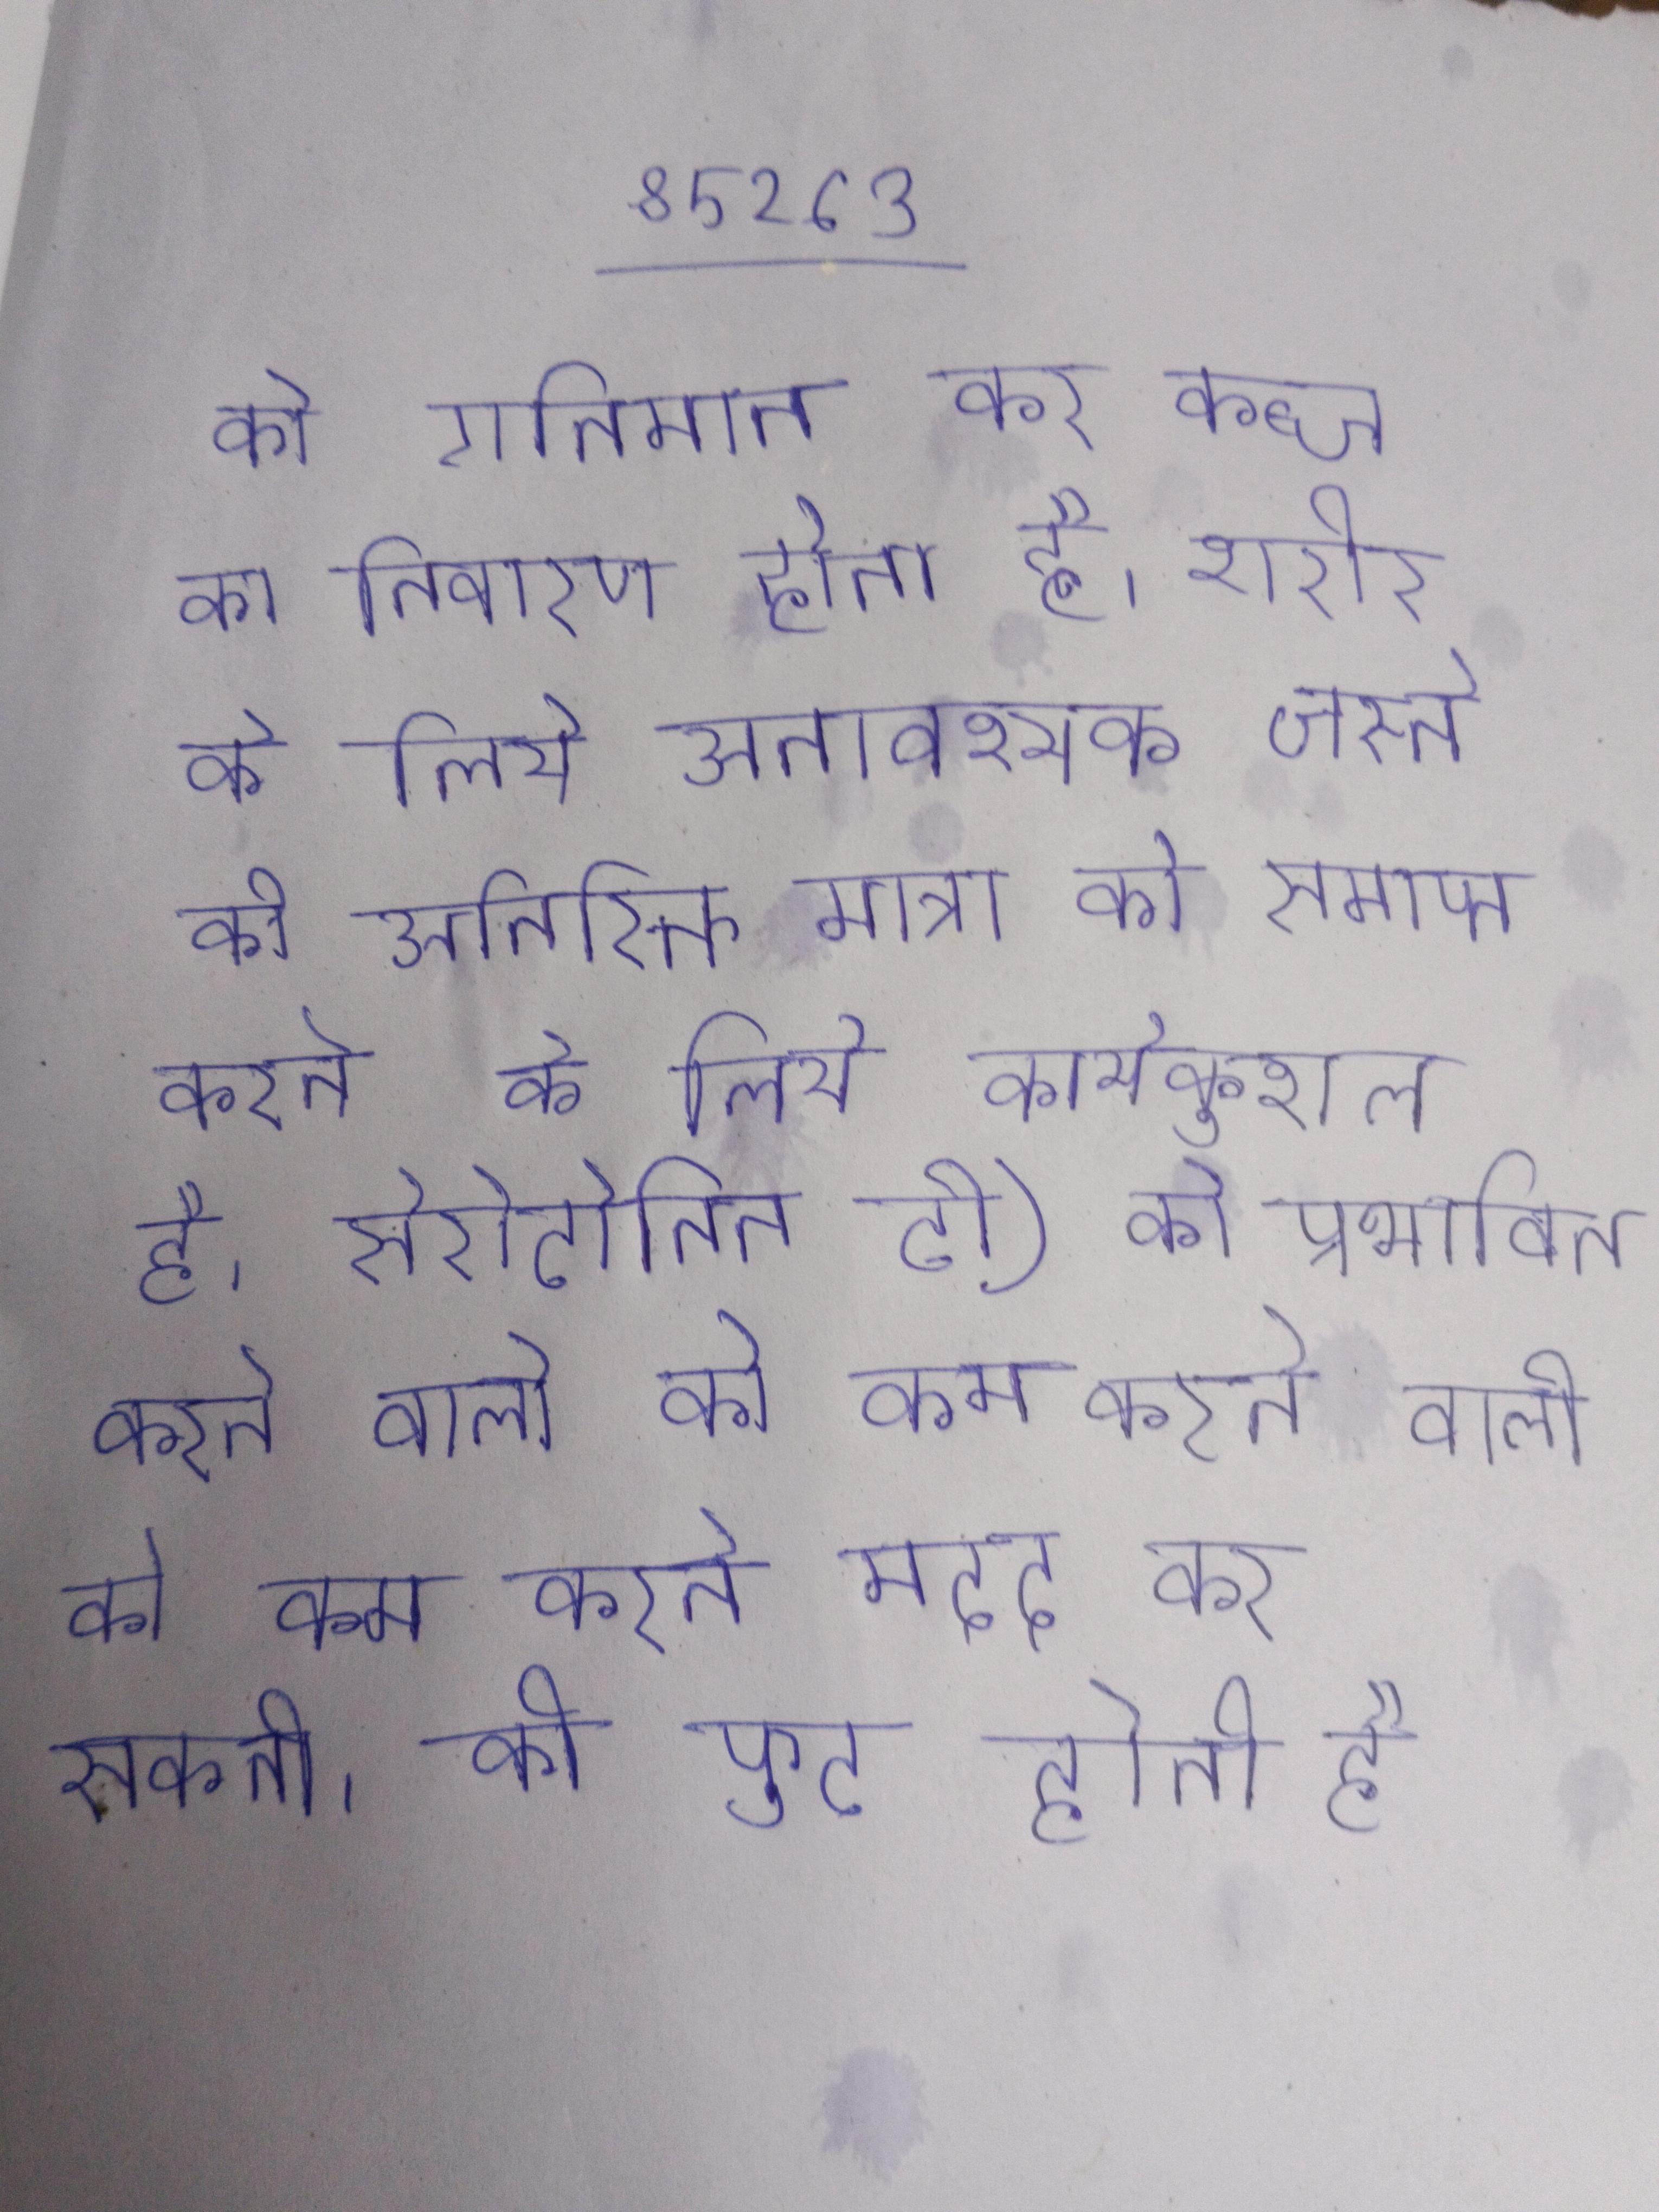
को गतिमान कर कब्ज का निवारण होता है । शरीर के लिये अनावश्यक जस्ते की अतिरिक्त मात्रा को समाप्त करने के लिये कार्यकुशल है । सेरोटोनिन टी) को प्रभावित करने वाली को कम करने मदद कर सकती । की फुट होती है ।